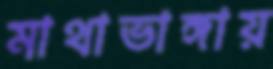
মাথাভাঙ্গায়